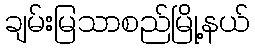
ချမ်းမြသာစည်မြို့နယ်